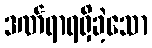
ဒဏ်ရာရရှိခဲ့သော